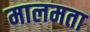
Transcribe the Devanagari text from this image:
मालमता